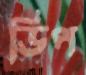
ডিপ